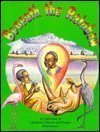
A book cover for Beneath the Rainbow: A Collection of Children's Stories and Poems from Kenya; Designs Jacaranda; Children's Books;